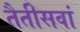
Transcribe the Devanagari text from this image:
तैतीसवां